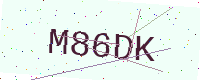
Text: M86DK